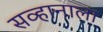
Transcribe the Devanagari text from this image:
सव्हानाला